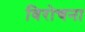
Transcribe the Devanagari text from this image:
विरोचना